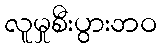
လူမှုစီးပွားဘဝ